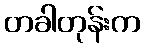
တခါတုန်းက